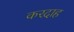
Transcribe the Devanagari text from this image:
करदाह